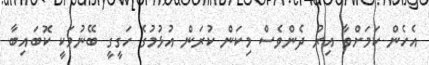
އެހެން ކަމަށްވާ އިރު ދެންވެސް މިކަން ކުރަން އުޅުމުގެ ހަގީގީ ބޭނުމަކީ ކޮބައިބާ